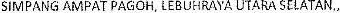
SIMPANG AMPAT PAGOH, LEBUHRAYA UTARA SELATAN.,